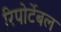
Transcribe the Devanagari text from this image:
रिपोर्टेबल